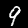
Digit: 9